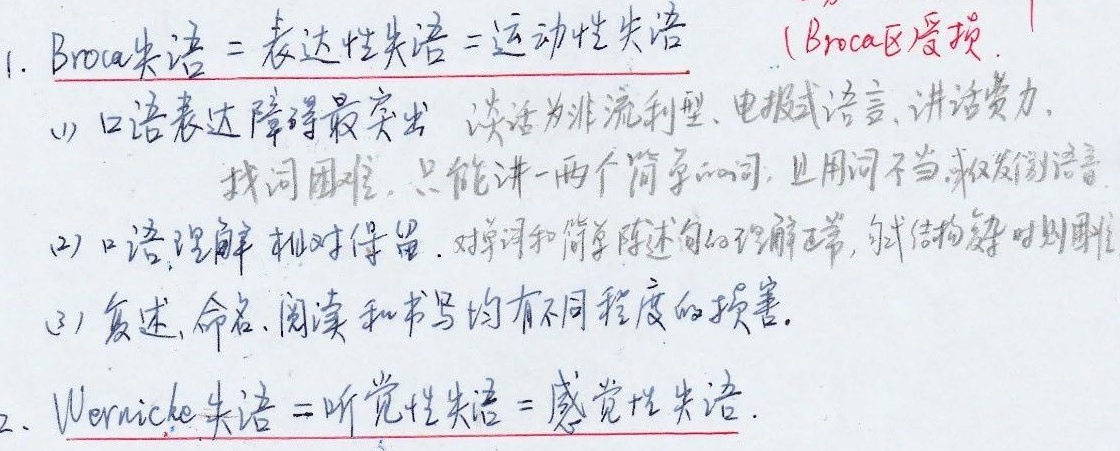
1. Broca失语 = 表达性失语 = 运动性失语（Broca区受损）
    - (1) 口语表达障碍最突出，谈话为非流利型、电报式语言，讲话费力，找词困难，只能讲一两个简单的词，且用词不当或发错语音。
    - (2) 口语理解相对保留，对单词和简单陈述句的理解正常，对结构复杂时则困难。
    - (3) 复述、命名、阅读和书写均有不同程度的损害。
2. Wernicke失语 = 听觉性失语 = 感觉性失语。